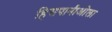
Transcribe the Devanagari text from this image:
हिसपानीओला